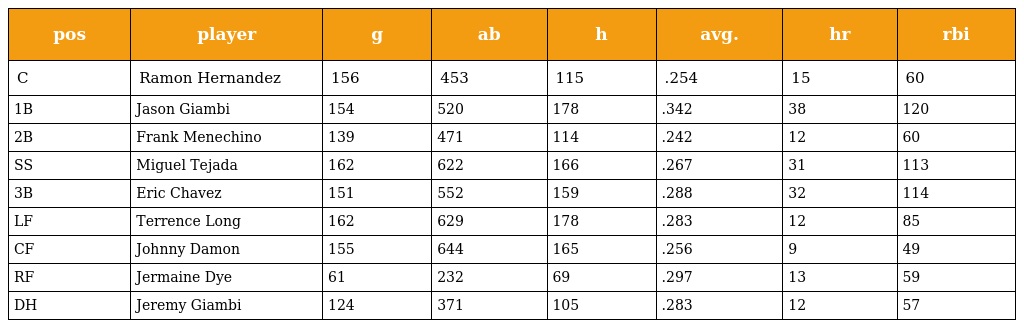
| pos | player | g | ab | h | avg. | hr | rbi |
 | --- | --- | --- | --- | --- | --- | --- | --- |
 | C | Ramon Hernandez | 156 | 453 | 115 | .254 | 15 | 60 |
 | 1B | Jason Giambi | 154 | 520 | 178 | .342 | 38 | 120 |
 | 2B | Frank Menechino | 139 | 471 | 114 | .242 | 12 | 60 |
 | SS | Miguel Tejada | 162 | 622 | 166 | .267 | 31 | 113 |
 | 3B | Eric Chavez | 151 | 552 | 159 | .288 | 32 | 114 |
 | LF | Terrence Long | 162 | 629 | 178 | .283 | 12 | 85 |
 | CF | Johnny Damon | 155 | 644 | 165 | .256 | 9 | 49 |
 | RF | Jermaine Dye | 61 | 232 | 69 | .297 | 13 | 59 |
 | DH | Jeremy Giambi | 124 | 371 | 105 | .283 | 12 | 57 |